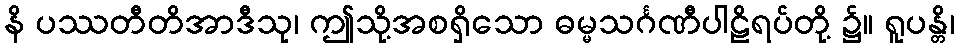
နိ ပဿတီတိအာဒီသု၊ ဤသို့အစရှိသော ဓမ္မသင်္ဂဏီပါဠိရပ်တို့ ၌။ ရူပန္တိ၊